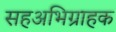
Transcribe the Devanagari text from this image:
सहअभिग्राहक